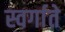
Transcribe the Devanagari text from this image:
स्वर्गाते